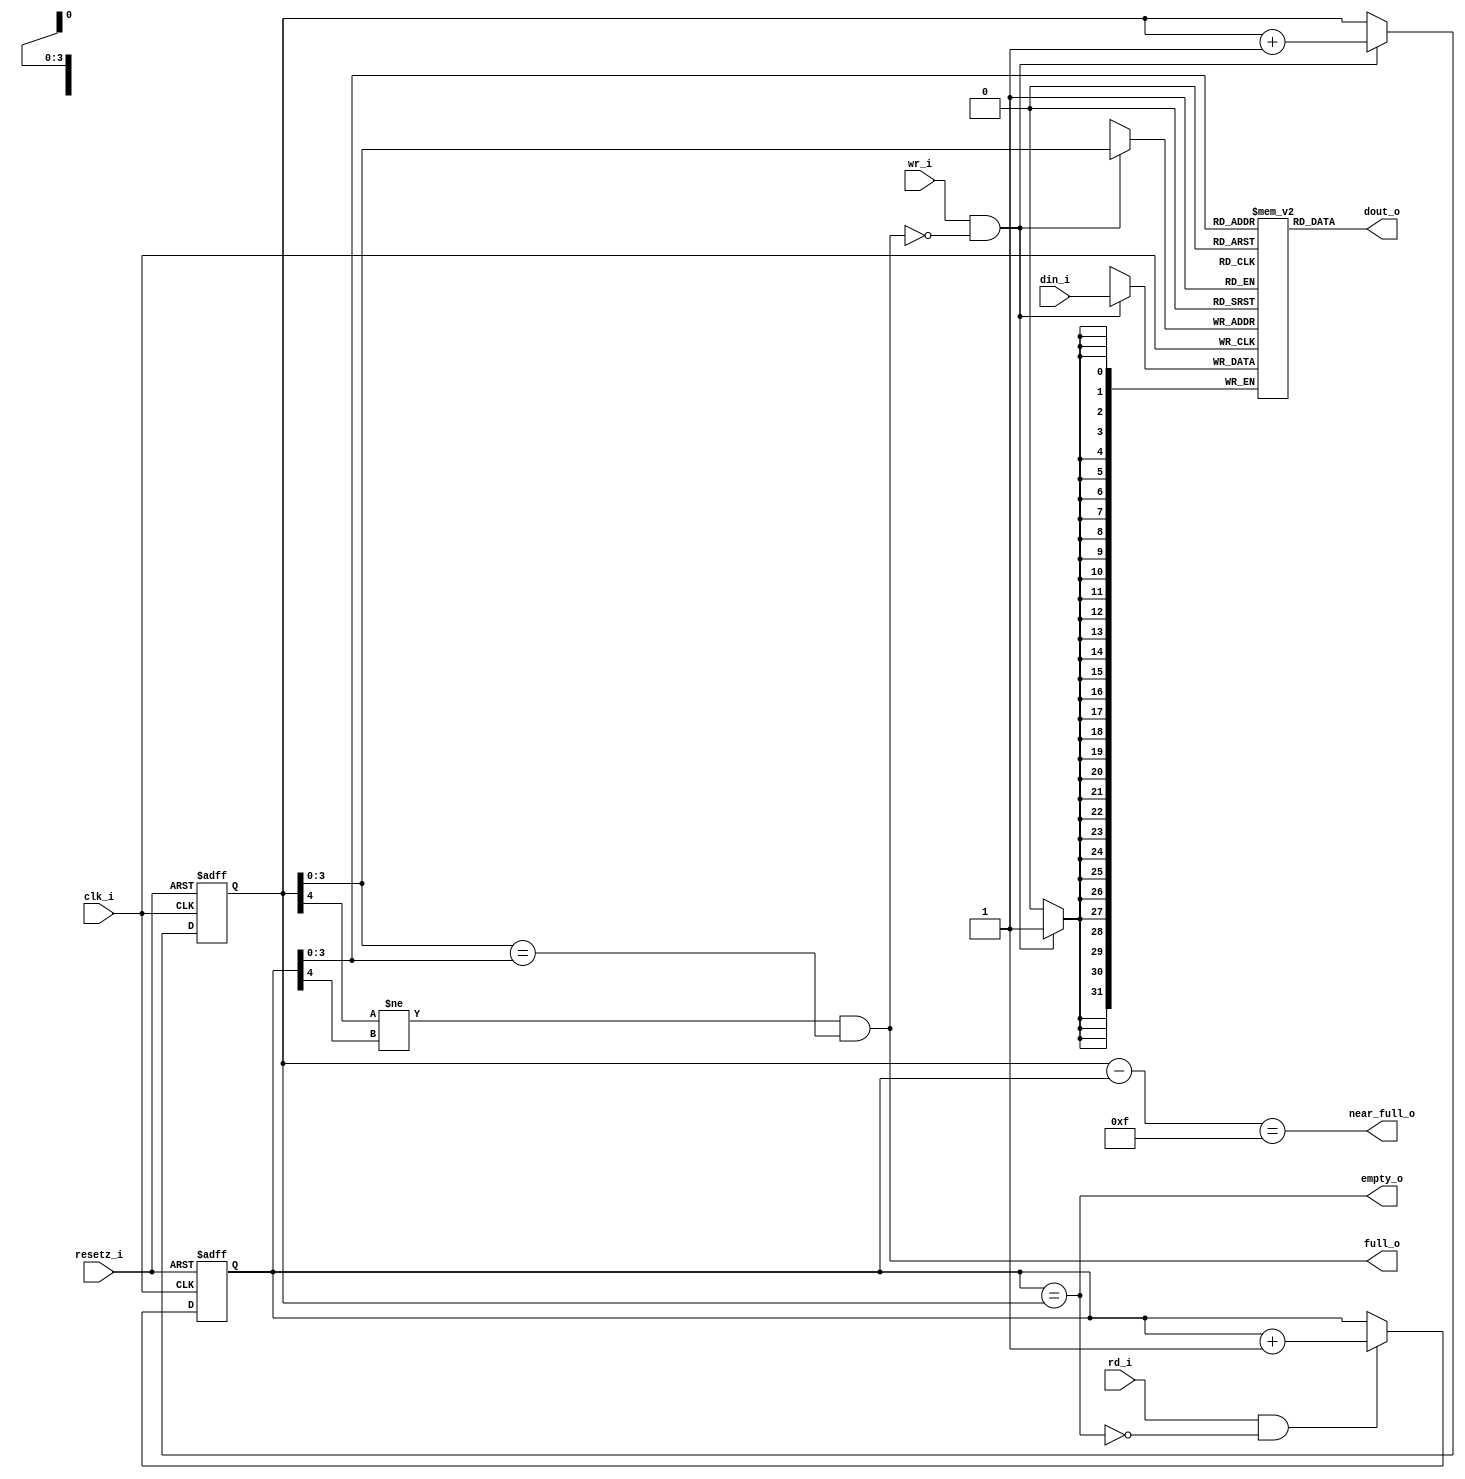
/*
 *  synchronous fifo, note only FIFO_DEPTH = pow of 2
 *  is valid
 *
 *  xwen 20171225
 *
 *  xwen 20180728
 *
 *    a) added near_full_o port (asserted when there's one vacancy left)
 *    b) removed comparing logic since fifo pointers naturally fall off
 *
 *  xwen 20180920
 *    
 *    put fifoMem and wrPtr logic in two blocks (their reset behavior differs)
 */

module syncFifo1 # (
  parameter integer FIFO_WIDTH = 32,
  parameter integer FIFO_DEPTH = 16
) (

  output wire full_o,
  output wire near_full_o,
  output wire empty_o,
  output wire [(FIFO_WIDTH-1):0] dout_o,

  input wire clk_i,
  input wire resetz_i,
  input wire rd_i,
  input wire wr_i,
  input wire [(FIFO_WIDTH-1):0] din_i
);

function integer clog2;
  // Value to calculate clog2 on
  input integer value;
begin
  for (clog2=0; value>0; clog2=clog2+1) begin
    value = value >> 1;
  end
end
endfunction

localparam PTR_WIDTH = clog2(FIFO_DEPTH);   // 2^PTR_WIDTH >= 2*FIFO_DEPTH

reg [(FIFO_WIDTH-1):0] fifoMem[0:FIFO_DEPTH-1];
reg [(PTR_WIDTH-1):0] rdPtr;
reg [(PTR_WIDTH-1):0] wrPtr;


/* write cycle */
always @(posedge clk_i or negedge resetz_i) begin
  if (!resetz_i)
    begin
      wrPtr <= {(PTR_WIDTH){1'b0}};
    end
  else
    begin
      if (wr_i&&(!full_o))   // do not write a full fifo
        begin
          wrPtr <= wrPtr + 1'b1;
        end
      // synthesis translate_off
      if (wr_i&&full_o) begin
        $write("fifo overflow at %t, stop.\n", $time);
        $stop;
      end
      // synthesis translate_on
    end
end

always @(posedge clk_i) begin
      if (wr_i&&(!full_o))   // do not write a full fifo
      begin
          fifoMem[wrPtr[PTR_WIDTH-2:0]] <= din_i;
      end
end

/* read cycle */
always @(posedge clk_i or negedge resetz_i) begin
  if (!resetz_i)
    begin
      rdPtr <= {(PTR_WIDTH){1'b0}};
    end
  else
    begin
      if (rd_i&&(!empty_o))   // do not advance read pointer for empty fifo
        begin
          rdPtr <= rdPtr + 1'b1;
        end
      // synthesis translate_off
      if (rd_i&&empty_o) begin
        $write("fifo underflow at %t, stop.\n", $time);
        $stop;
      end
      // synthesis translate_on
   end
end

assign dout_o = fifoMem[rdPtr[PTR_WIDTH-2:0]];
assign empty_o = (rdPtr == wrPtr);
assign full_o = (wrPtr[PTR_WIDTH-1]!=rdPtr[PTR_WIDTH-1])
                  &&(wrPtr[PTR_WIDTH-2:0]==rdPtr[PTR_WIDTH-2:0]);
// below expression holds true for both
// (wrPtr > rdPtr) and wrPtr < rdPtr
assign near_full_o = ((wrPtr-rdPtr)=={(PTR_WIDTH-1){1'b1}});

endmodule